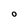
Character: O